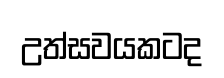
උත්සවයකටද